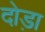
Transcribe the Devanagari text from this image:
दोड़ा